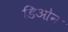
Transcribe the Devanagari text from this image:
डिओन